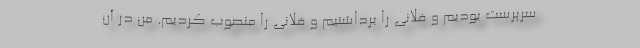
سرپرست بودیم و فلانی را برداشتیم و فلانی را منصوب کردیم. من در آن